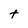
Character: t